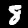
Digit: 8